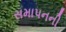
સમાપનની